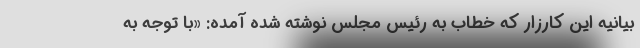
بیانیه این کارزار که خطاب به رئیس مجلس نوشته شده آمده: «با توجه به